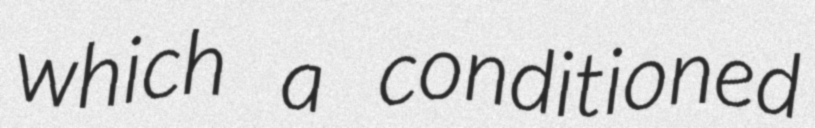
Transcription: which a conditioned